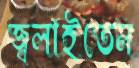
জ্বলাইতেন